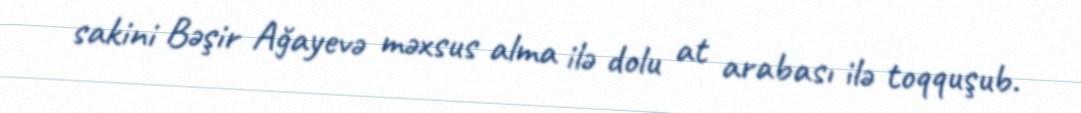
sakini Bəşir Ağayevə məxsus alma ilə dolu at arabası ilə toqquşub.